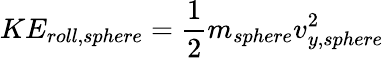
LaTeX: KE_{roll,sphere}=\frac{1}{2}m_{sphere}v_{y,sphere}^{2}